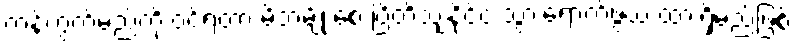
ကန့်ကွက်မည်ကို ဝင်ရတာ မိဘမျိုးစေ့ ဗြိတိသျှနိုင်ငံ သွားရောက်ဖွယ် ထားရှိမည်ဖြစ်